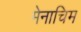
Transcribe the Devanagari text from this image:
मेनाचिम